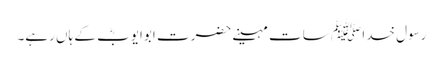
رسول خدا ﷺ سات مہینے حضرت ابوایوبؓ کے ہاں رہے۔